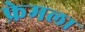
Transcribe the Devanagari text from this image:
फ्रेमला